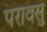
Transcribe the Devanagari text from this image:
परावसु